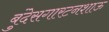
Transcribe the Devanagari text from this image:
बुंदेसगारटनशाऊ